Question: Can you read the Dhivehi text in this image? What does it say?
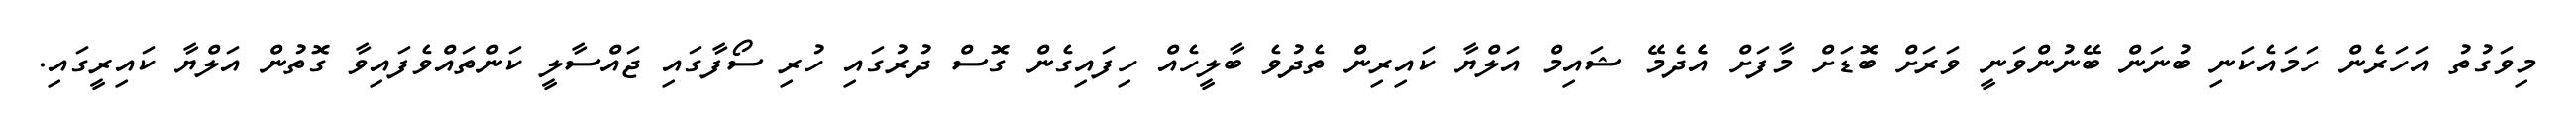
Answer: މިވަގުތު އަހަރެން ހަމައެކަނި ބުނަން ބޭނުންވަނީ ވަރަށް ބޮޑަށް މާފަށް އެެދެމޭ ޝައިމް އަލްޔާ ކައިރިން ތެދުވެ ބާލީހެއް ހިފައިގެން ގޮސް ދުރުގައި ހުރި ސޯފާގައި ޖައްސާލީ ކަންތައްވެފައިވާ ގޮތުން އަލްޔާ ކައިރީގައި.